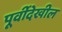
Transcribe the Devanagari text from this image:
पूर्वीदेखील